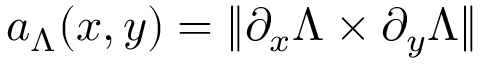
a _ { \Lambda } ( x , y ) = \| \partial _ { x } \Lambda \times \partial _ { y } \Lambda \|